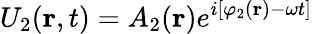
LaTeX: U_{2}(\mathbf{r},t)=A_{2}(\mathbf{r})e^{i[\varphi_{2}(\mathbf{r})-\omega t]}